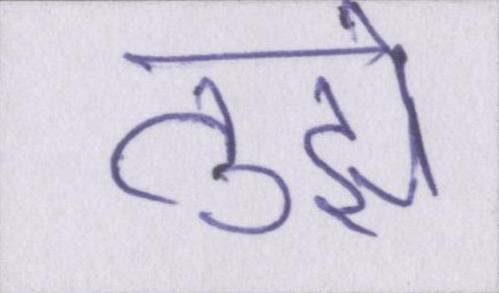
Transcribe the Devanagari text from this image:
तुझे